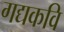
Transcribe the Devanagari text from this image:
गद्यकवि